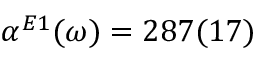
\alpha ^ { E 1 } ( \omega ) = 2 8 7 ( 1 7 )